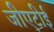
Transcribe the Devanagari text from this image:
जीएटीई